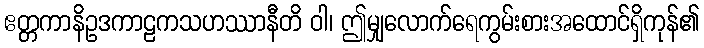
ဧတ္တကာနိဥဒကာဠကသဟဿာနီတိ ဝါ၊ ဤမျှလောက်ရေကွမ်းစားအထောင်ရှိကုန်၏